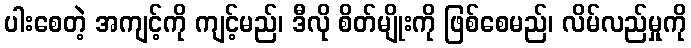
ပါးစေတဲ့ အကျင့်ကို ကျင့်မည်၊ ဒီလို စိတ်မျိုးကို ဖြစ်စေမည်၊ လိမ်လည်မှုကို